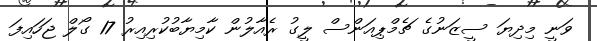
ވަނީ މިދިޔަ ސީޒަނުގެ ޗެމްޕިއަންސް ލީގު ރެއާލުން ކާމިޔާބުކުރިއިރު 17 ގޯލް ޖަހައިފަ